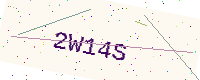
Text: 2W14S